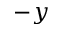
- y